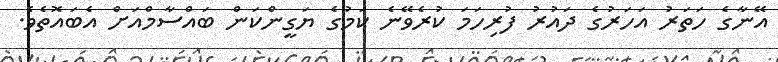
އޭނާގެ ހަތަރު އަހަރުގެ ދައުރު ފުރިހަމަ ކުރެވޭނެ ކަމުގެ ޔަގީންކަން ބައްސާމްއަށް އެބައޮތެވެ.